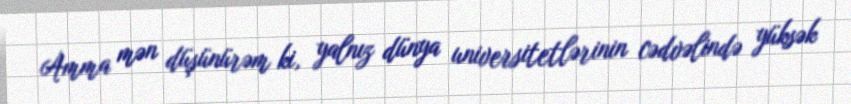
Amma mən düşünürəm ki, yalnız dünya universitetlərinin cədvəlində yüksək